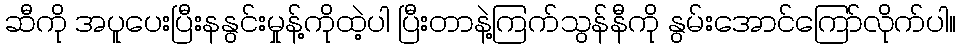
ဆီကို အပူပေးပြီးနနွင်းမှုန့်ကိုထဲ့ပါ ပြီးတာနဲ့ကြက်သွန်နီကို နွမ်းအောင်ကြော်လိုက်ပါ။